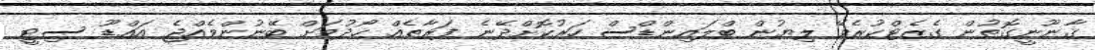
ޤާނޫނީގޮތުން ގެޒެޓްކުރެވޭ ލިޔުން ބްލައިންޑްސް ހަރުކޮށްދޭނެ ފަރާތެއް ހޯދުމަށް ބޭނުންވެއްޖެ އައްޑޫ ސިޓީ